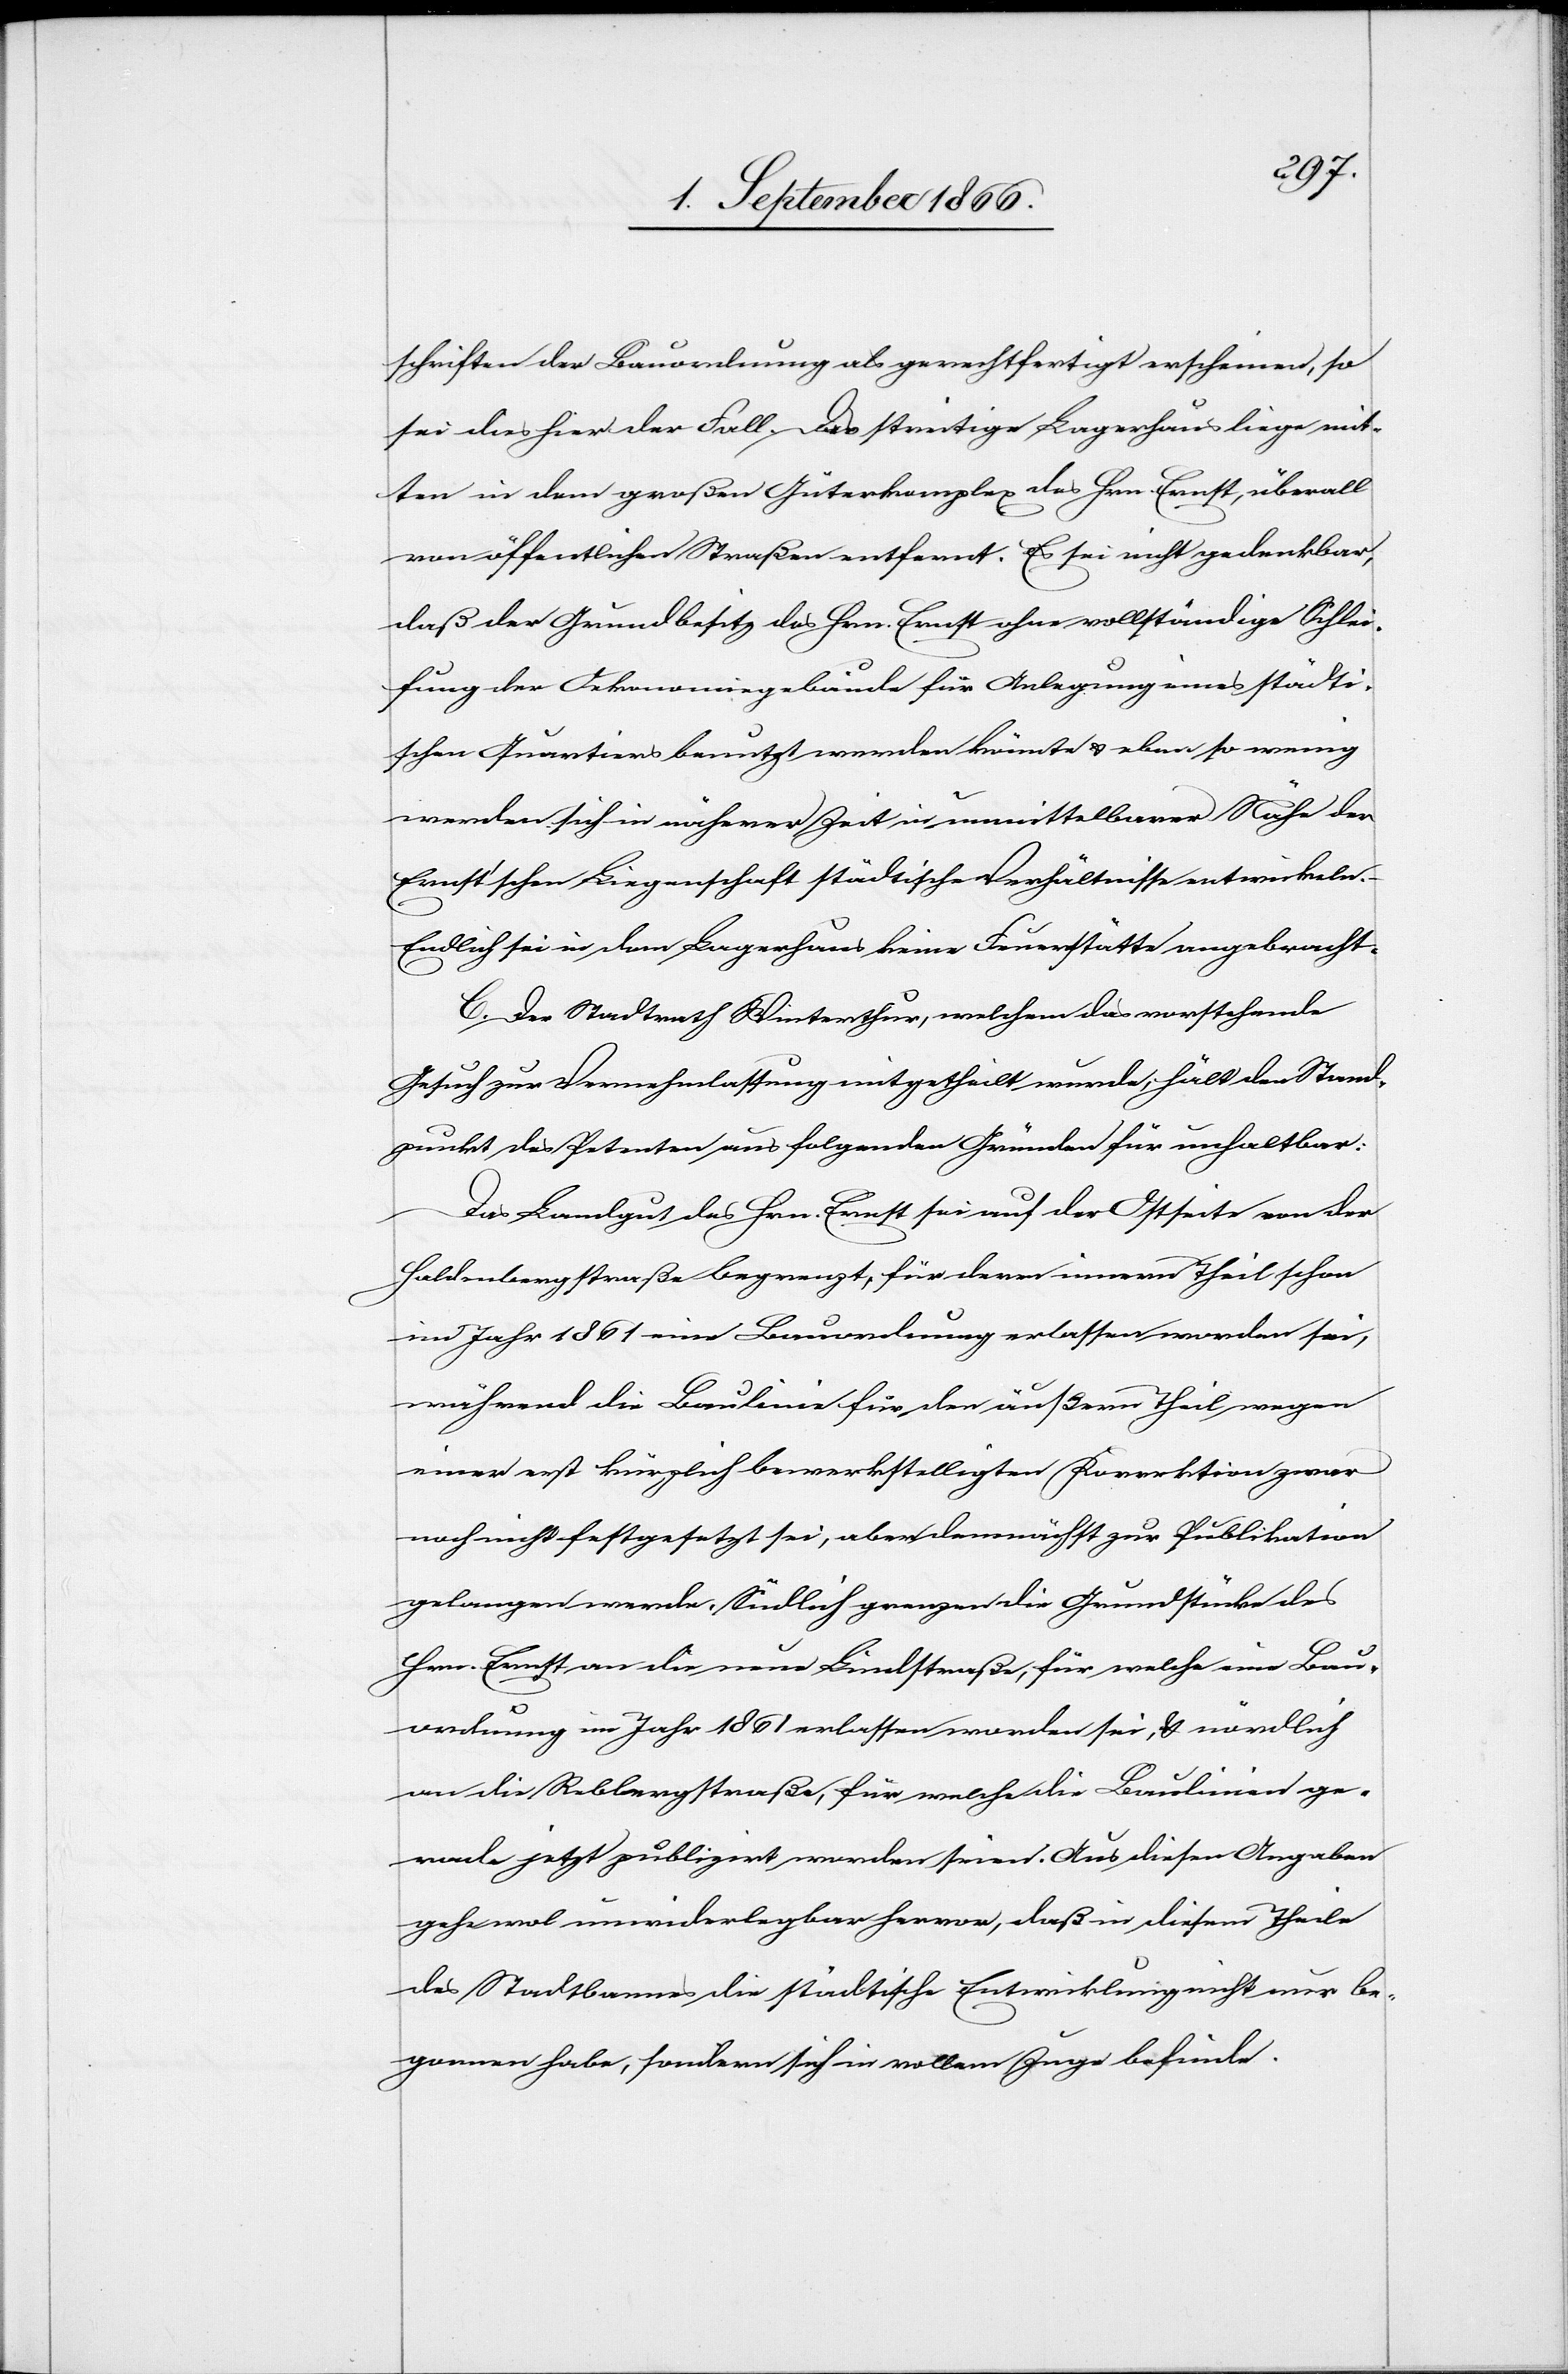
schriften der Bauordnung als gerechtfertigt erscheinen, so
sei das hier der Fall. Das streitige Lagerhaus liege mit¬
ten in dem großen Güterkomplex des Hrn. Ernst, überall
von öffentlichen Straßen entfernt. Es sei nicht gedenkbar,
daß der Grundbesitz des Hrn. Ernst ohne vollständige Schlei¬
fung der Oekonomiegebäude für Anlegung eines städti¬
schen Quartiers benutzt werden könnte u. eben so wenig
werden sich in näherer Zeit in unmittelbarer Nähe der
Ernst’schen Liegenschaft städtische Verhältnisse entwickeln.
Endlich sei in dem Lagerhaus keine Feuerstätte angebracht.
C. Der Stadtrath Winterthur, welchem das vorstehende
Gesuch zur Vernehmlassung mitgetheilt wurde, hält den Stand¬
punkt des Petenten aus folgenden Gründen für unhaltbar:
Das Landgut des Hrn. Ernst sei auf der Ostseite von der
Haldenbergstraße begrenzt, für deren innern Theil schon
im Jahr 1861 eine Bauordnung erlassen worden sei,
während die Baulinie für den äußern Theil wegen
einer erst kürzlich bewerkstelligten Korrektion zwar
noch nicht festgesetzt sei, aber demnächst zur Publikation
gelangen werde. Südlich grenzen die Grundstücke des
Hrn. Ernst an die neue Lindstraße, für welche eine Bau¬
ordnung im Jahr 1861 erlassen worden sei, u. nördlich
an die Rebbergstraße, für welche die Baulinien ge¬
rade jetzt publizirt worden seien. Aus diesen Angaben
gehe wol unwiderlegbar hervor, daß in diesem Theile
des Stadtbannes die städtische Entwicklung nicht nur be¬
gonnen habe, sondern sich in vollem Zuge befinde.